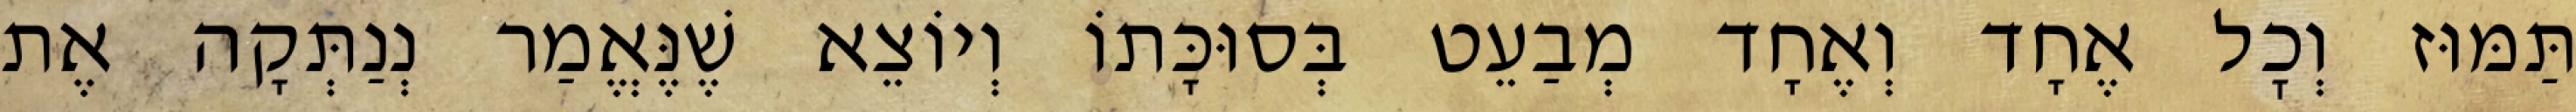
תַּמּוּז וְכׇל אֶחָד וְאֶחָד מְבַעֵט בְּסוּכָּתוֹ וְיוֹצֵא שֶׁנֶּאֱמַר נְנַתְּקָה אֶת